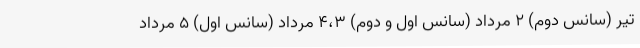
تیر (سانس دوم) ۲ مرداد (سانس اول و دوم) ۴،۳ مرداد (سانس اول) ۵ مرداد